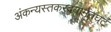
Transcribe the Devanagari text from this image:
अंकन्यस्तकरद्वयामृतघटं